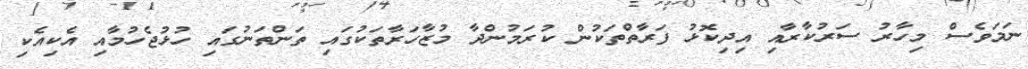
ނަމަވެސް މިހާރު ސަރުކާރާއި އިދިކޮޅު ފަރާތްތަކުން ކުރަމުންދާ މުޒާހަރާތަކުގައި ތަންތަނުގައި ހުޅުޖެހުމާއި އެކިއެކި